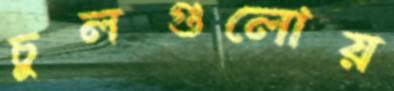
চুলগুলোয়